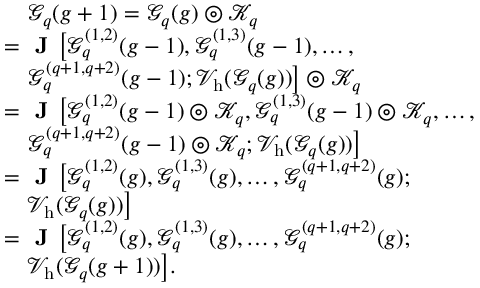
\begin{array} { r l } & { \quad \mathcal { G } _ { q } ( g + 1 ) = \mathcal { G } _ { q } ( g ) \circledcirc \mathcal { K } _ { q } } \\ & { = \textbf { J } \big [ \mathcal { G } _ { q } ^ { ( 1 , 2 ) } ( g - 1 ) , \mathcal { G } _ { q } ^ { ( 1 , 3 ) } ( g - 1 ) , \ldots , } \\ & { \quad \mathcal { G } _ { q } ^ { ( q + 1 , q + 2 ) } ( g - 1 ) ; \mathcal { V } _ { \mathrm { h } } ( \mathcal { G } _ { q } ( g ) ) \big ] \circledcirc \mathcal { K } _ { q } } \\ & { = \textbf { J } \big [ \mathcal { G } _ { q } ^ { ( 1 , 2 ) } ( g - 1 ) \circledcirc \mathcal { K } _ { q } , \mathcal { G } _ { q } ^ { ( 1 , 3 ) } ( g - 1 ) \circledcirc \mathcal { K } _ { q } , \ldots , } \\ & { \quad \mathcal { G } _ { q } ^ { ( q + 1 , q + 2 ) } ( g - 1 ) \circledcirc \mathcal { K } _ { q } ; \mathcal { V } _ { \mathrm { h } } ( \mathcal { G } _ { q } ( g ) ) \big ] } \\ & { = \textbf { J } \big [ \mathcal { G } _ { q } ^ { ( 1 , 2 ) } ( g ) , \mathcal { G } _ { q } ^ { ( 1 , 3 ) } ( g ) , \ldots , \mathcal { G } _ { q } ^ { ( q + 1 , q + 2 ) } ( g ) ; } \\ & { \quad \mathcal { V } _ { \mathrm { h } } ( \mathcal { G } _ { q } ( g ) ) \big ] } \\ & { = \textbf { J } \big [ \mathcal { G } _ { q } ^ { ( 1 , 2 ) } ( g ) , \mathcal { G } _ { q } ^ { ( 1 , 3 ) } ( g ) , \ldots , \mathcal { G } _ { q } ^ { ( q + 1 , q + 2 ) } ( g ) ; } \\ & { \quad \mathcal { V } _ { \mathrm { h } } ( \mathcal { G } _ { q } ( g + 1 ) ) \big ] . } \end{array}